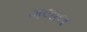
ગલાલ